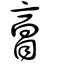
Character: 𦤘